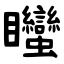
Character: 䂅